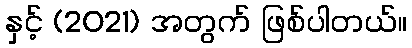
နှင့် (2021) အတွက် ဖြစ်ပါတယ်။